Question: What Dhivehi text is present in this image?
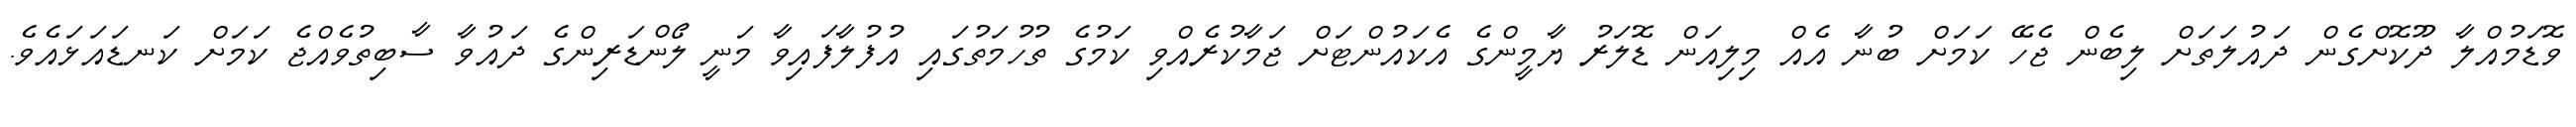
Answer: ވޮޑަމުއްލާ ދޫކޮށްގެން ދައުލަތަށް ލިބެން ޖެހޭ ކަމަށް ބުނާ އެއް މިލިއަން ޑޮލަރު ޔާމީންގެ އެކައުންޓަށް ޖަމާކުރެއްވި ކަމުގެ ތުހުމަތުގައި އުފުލާފައިވާ މަނީ ލޯންޑަރިންގެ ދައުވާ ސާބިތުވެއްޖެ ކަމަށް ކަނޑައަޅައެވެ.